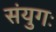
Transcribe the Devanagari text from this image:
संयुगः